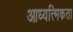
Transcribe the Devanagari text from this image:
आध्यत्मिकता